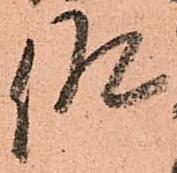
仰